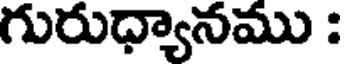
గురుధ్యానము :